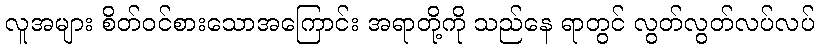
လူအများ စိတ်ဝင်စားသောအကြောင်း အရာတို့ကို သည်နေ ရာတွင် လွတ်လွတ်လပ်လပ်